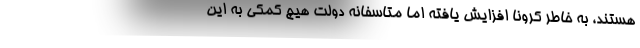
هستند، به خاطر کرونا افزایش یافته اما متاسفانه دولت هیچ کمکی به این